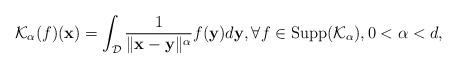
LaTeX: \begin{align*}\mathcal{K}_{\alpha }(f)(\mathbf{x})=\int_{\mathcal{D}}\frac{1}{\|\mathbf{x}-\mathbf{y}\|^{\alpha }}f(\mathbf{y})d\mathbf{y},\forall f\in \mbox{Supp}(\mathcal{K}_{\alpha}), 0<\alpha <d, \end{align*}